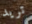
تريد